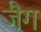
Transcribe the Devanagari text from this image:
जैग